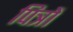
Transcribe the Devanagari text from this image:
पित्रों